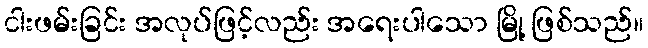
ငါးဖမ်းခြင်း အလုပ်ဖြင့်လည်း အရေးပါသော မြို့ ဖြစ်သည်။